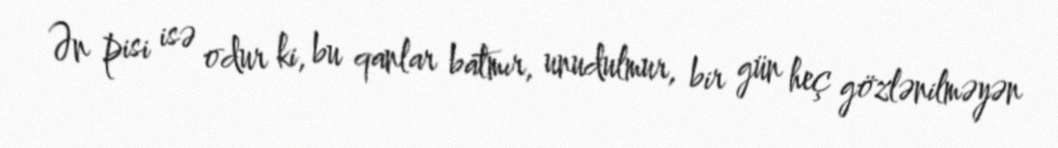
Ən pisi isə odur ki, bu qanlar batmır, unudulmur, bir gün heç gözlənilməyən